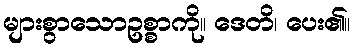
များစွာသောဥစ္စာကို။ ဒေတိ၊ ပေး၏။